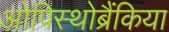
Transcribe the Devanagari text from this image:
ओपिस्थोब्रैंकिया